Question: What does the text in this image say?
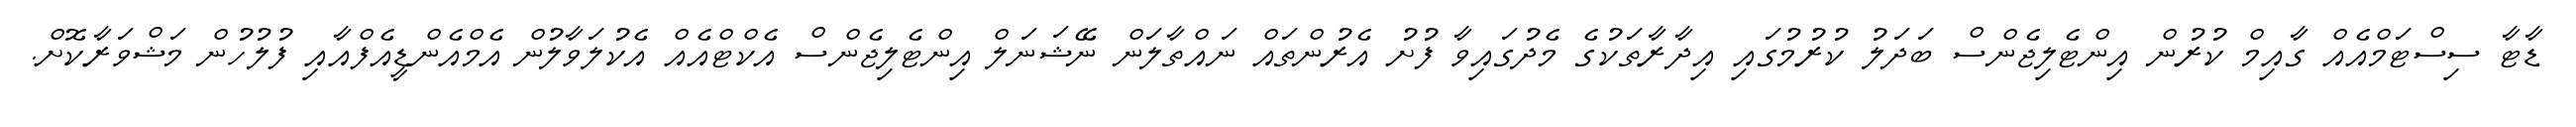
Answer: ޑާޓާ ސިސްޓަމްއެއް ގާއިމް ކުރުން އިންޓެލިޖެންސް ބަދަލު ކުރުމުގައި އިދާރާތަކުގެ މެދުގައިވާ ފުށު އެރުންތައް ނައްތާލަން ނޭޝަނަލް އިންޓެލިޖެންސް އެކްޓްއެއް އެކުލަވާލުން އެމްއެންޑީއެފްއާއި ފުލުހުން މަޝްވަރާކޮށް.